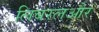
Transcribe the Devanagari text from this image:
लिबरलऔर